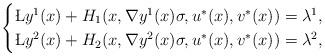
LaTeX: \begin{align*}\begin{cases}\L y^1(x) + H_1(x,\nabla y^1(x) \sigma,u^*(x),v^*(x)) = \lambda^1, \\\L y^2(x) + H_2(x,\nabla y^2(x) \sigma,u^*(x),v^*(x)) = \lambda^2,\end{cases}\end{align*}